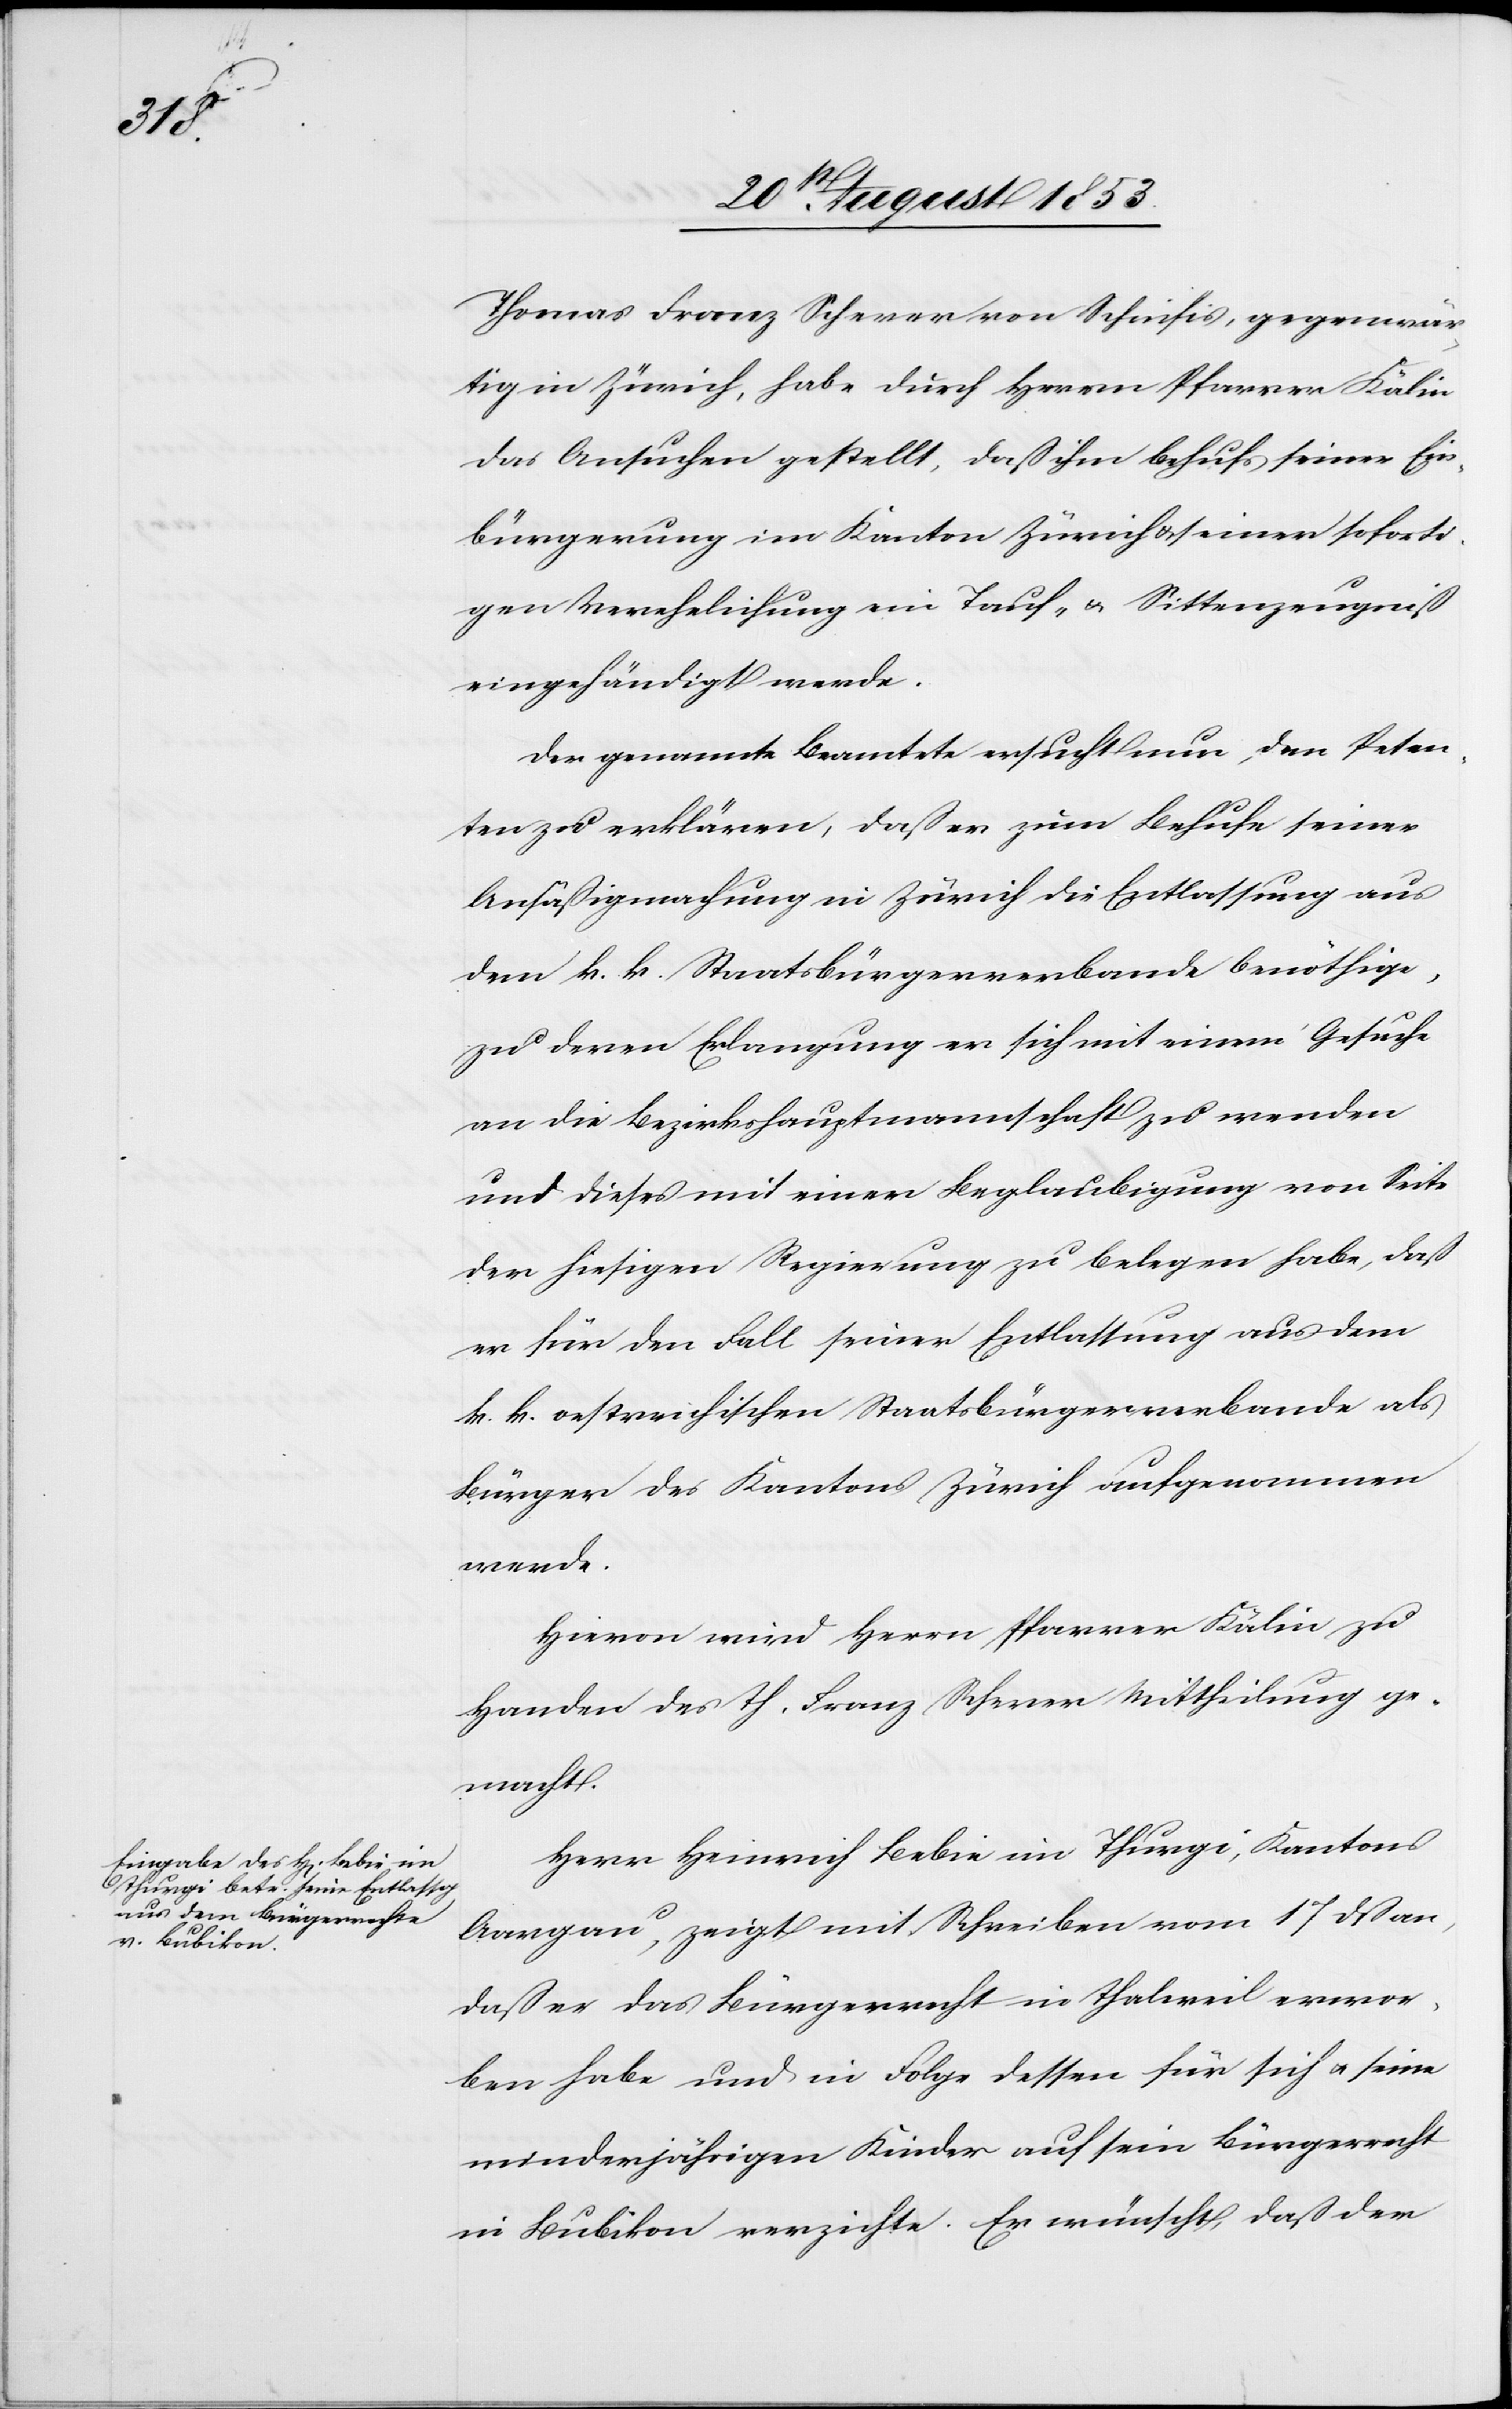
Thomas Franz Scherer von Schnifis, gegenwär¬
tig in Zürich, habe durch Herrn Pfarrer Kälin
das Ansuchen gestellt, daß ihm behufs seiner Ein¬
bürgerung im Kanton Zürich u. seiner soforti¬
gen Verehelichung ein Tauf- u. Sittenzeugniß
eingehändigt werde.
Der genannte Beamtete ersucht nun, dem Peten¬
ten zu erklären, daß er zum Behufe seiner
Ansäßigmachung in Zürich die Entlassung aus
dem k. k. Staatsbürgerverbande benöthige,
zu deren Erlangung er sich mit seinem Gesuche
an die Bezirkshauptmannschaft zu wenden
und dieses mit einer Beglaubigung von Seite
der hiesigen Regierung zu belegen habe, daß
er für den Fall seiner Entlassung aus dem
k. k. oesterreichischen Staatsbürgerverbande als
Bürger des Kantons Zürich aufgenommen
werde.
Hievon wird Herrn Pfarrer Kälin zu
Handen des Th. Franz Scherer Mittheilung ge¬
macht.
Herr Heinrich Bebie im Thurgi, Kantons
Aargau, zeigt mit Schreiben vom 17 dß an,
daß er das Bürgerrecht in Thalwil erwor¬
ben habe und in Folge dessen für sich u. seine
minderjährigen Kinder auf sein Bürgerrecht
in Bubikon verzichte. Er wünscht, daß der